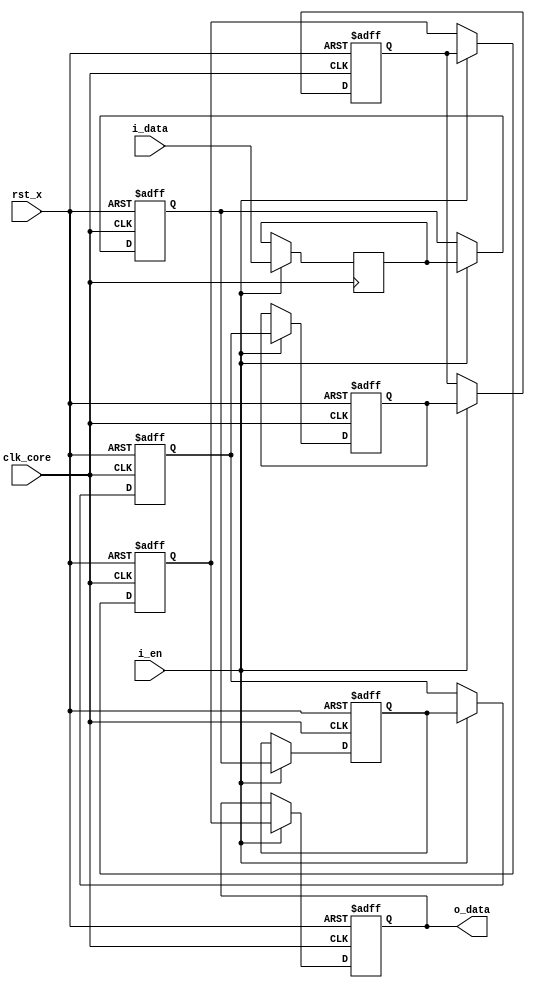
// This program was cloned from: https://github.com/Kenji-Ishimaru/polyphony
// License: MIT License

//=======================================================================
// Project Polyphony
//
// File:
//   fm_3d_delay.v
//
// Abstract:
//   Pipeline delay module
//       parameters :
//                WIDTH      data width (default value is 8)
//                NUM_DELAY  number of delay cycle  (default value is 8)
//
//  Created:
//    25 August 2008
//
// Copyright (c) 2008  Kenji Ishimaru, All rights reserved.
//
//======================================================================
//
// Copyright (c) 2020, Kenji Ishimaru
// All rights reserved.
//
// Redistribution and use in source and binary forms, with or without
// modification, are permitted provided that the following conditions are met:
//
//  -Redistributions of source code must retain the above copyright notice,
//   this list of conditions and the following disclaimer.
//  -Redistributions in binary form must reproduce the above copyright notice,
//   this list of conditions and the following disclaimer in the documentation
//   and/or other materials provided with the distribution.
//
// THIS SOFTWARE IS PROVIDED BY THE COPYRIGHT HOLDERS AND CONTRIBUTORS "AS IS"
// AND ANY EXPRESS OR IMPLIED WARRANTIES, INCLUDING, BUT NOT LIMITED TO,
// THE IMPLIED WARRANTIES OF MERCHANTABILITY AND FITNESS FOR A PARTICULAR
// PURPOSE ARE DISCLAIMED. IN NO EVENT SHALL THE COPYRIGHT HOLDER OR
// CONTRIBUTORS BE LIABLE FOR ANY DIRECT, INDIRECT, INCIDENTAL, SPECIAL,
// EXEMPLARY, OR CONSEQUENTIAL DAMAGES (INCLUDING, BUT NOT LIMITED TO,
// PROCUREMENT OF SUBSTITUTE GOODS OR SERVICES; LOSS OF USE, DATA, OR PROFITS;
// OR BUSINESS INTERRUPTION) HOWEVER CAUSED AND ON ANY THEORY OF LIABILITY,
// WHETHER IN CONTRACT, STRICT LIABILITY, OR TORT (INCLUDING NEGLIGENCE OR
// OTHERWISE) ARISING IN ANY WAY OUT OF THE USE OF THIS SOFTWARE,
// EVEN IF ADVISED OF THE POSSIBILITY OF SUCH DAMAGE.
//

module fm_3d_delay_r (
    clk_core,
    rst_x,
    i_en,
    i_data,
    o_data
);

////////////////////////////
// parameter
////////////////////////////
    parameter P_WIDTH     = 8;
    parameter P_NUM_DELAY = 8;
////////////////////////////
// I/O definition
////////////////////////////
    input                clk_core;
    input                rst_x;
    input                i_en;
    input  [P_WIDTH-1:0] i_data;
    output [P_WIDTH-1:0] o_data;


////////////////////////////
// reg
////////////////////////////
    reg   [P_WIDTH-1:0] r_delay[0:P_NUM_DELAY-1];

////////////////////////////
// assign
////////////////////////////
    // in/out port connection
    assign o_data = r_delay[P_NUM_DELAY-1];

////////////////////////////
// always
////////////////////////////
    always @(posedge clk_core) begin
        if (i_en) r_delay[0] <= i_data;
    end

    // delay register connection
    integer i;
    always @(posedge clk_core or negedge rst_x) begin
        if (!rst_x) begin
            if ( P_NUM_DELAY > 1 ) begin
                for ( i = 1; i < P_NUM_DELAY; i = i + 1) begin
                    r_delay[i] <= 0;
                end
            end
        end else begin
            if ( P_NUM_DELAY > 1 ) begin
                for ( i = 1; i < P_NUM_DELAY; i = i + 1) begin
                    if (i_en) r_delay[i] <= r_delay[i-1];
                end
            end
        end
    end

endmodule